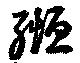
緪